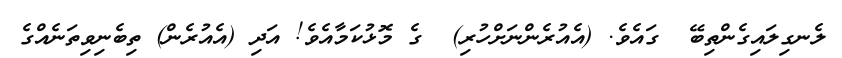
ލެނގިލައިގެންތިބޭ  ގައެވެ. (އެއުރެންނަށްހުރި)  ގެ މޮޅުކަމާއެވެ! އަދި (އެއުރެން) ތިބެނިވިތަނެއްގެ